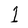
Character: 1